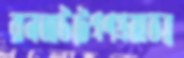
রানআউটেগণপ্রজাতন্ত্র